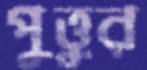
পুত্তুর